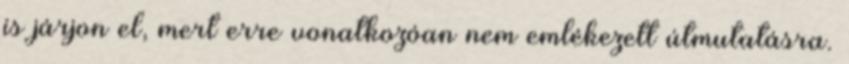
is járjon el, mert erre vonatkozóan nem emlékezett útmutatásra.